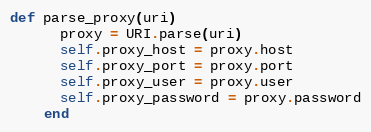
Language: Ruby
def parse_proxy(uri)
      proxy = URI.parse(uri)
      self.proxy_host = proxy.host
      self.proxy_port = proxy.port
      self.proxy_user = proxy.user
      self.proxy_password = proxy.password
    end